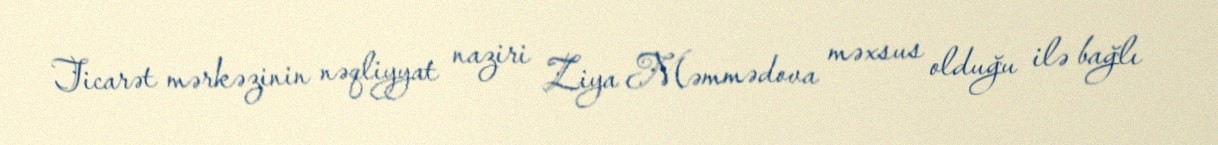
Ticarət mərkəzinin nəqliyyat naziri Ziya Məmmədova məxsus olduğu ilə bağlı